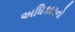
અધિકારનો